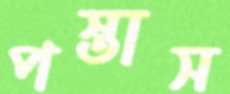
পস্তাস